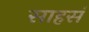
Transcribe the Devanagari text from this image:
साहसं